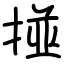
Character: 掽